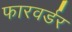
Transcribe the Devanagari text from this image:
फारवर्डर